Indian journal of veterinary science and animal husbandry - Volume 3,
Year: 1933
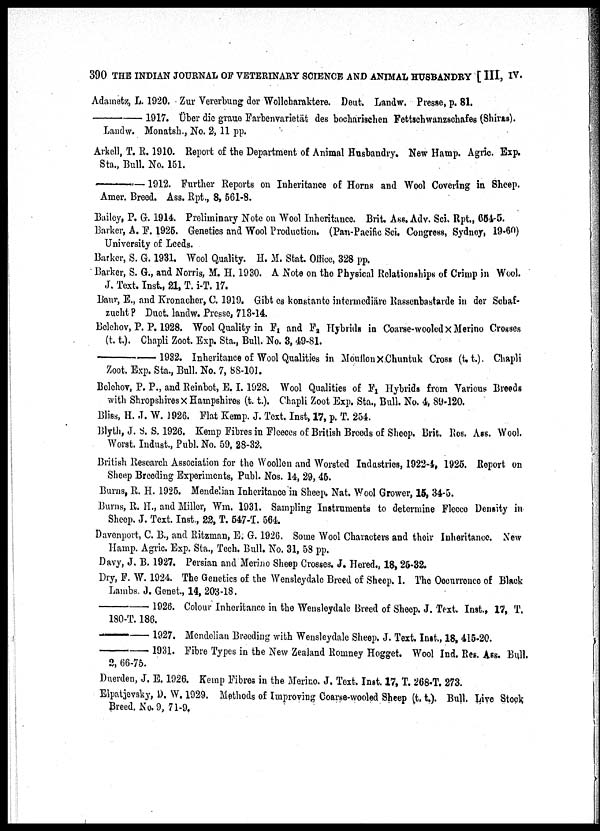
390 THE INDIAN JOURNAL OF VETERINARY SCIENCE AND ANIMAL HUSBANDRY [ III, IV
Adametz, L. 1920. Zur Vererbung der Wollcharaktere. Deut. Landw. Presse, p. 81.
—1917.
Über
die graue Farbenvarietät des bocharischen Fetttschwanzschafes (Shiras).
Landw. Monatsh., No. 2, 11 pp.
Arkell, T. R. 1910. Report of the Department of Animal Husbandry. New Hamp. Agric. Exp.
Sta., Bull. No. 151.
—1912. Further Reports on Inheritance of Horns and Wool Covering in Sheep.
Amer. Breed. Ass. Rpt., 8, 561-8.
Bailey, P. G. 1914. Preliminary Note on Wool Inheritance. Brit. Ass. Adv. Sci. Rpt., 654-5.
Barker, A. F. 1925. Genetics and Wool Production. (Pan-Pacific Sci. Congress, Sydney, 19-60)
University of Leeds.
Barker, S. G. 1931. Wool Quality. H. M. Stat. Office, 328 pp.
Barker, S. G., and Norris, M. H. 1930. A Note on the Physical Relationships of Crimp in Wool.
J. Text. Inst., 21, T. i-T. 17.
Baur, E., and Kronacher, C. 1919. Gibt es konstante intermediäre Rassenbastarde in der Sohaf-
zucht ? Duet. landw. Presse, 713-14.
Belehov, P. P. 1928. Wool Quality in F 1 and F 2 Hybrids in Coarse-wooled × Merino Crosses
(t. t.). Chapli Zool. Exp. Sta., Bull. No. 3, 49-81.
—1932.
Inheritance of Wool Qualities in Mouflon×Chuntuk Cross (t.t.). Chapli
Zoot. Exp. Sta., Bull. No. 7, 88-101.
Belehov, P. P., and Reinbot, E. I.1928. Wool Qualities of F 1 Hybrids from Various Breeds
with Shropshires× Hampshires (t. t.). Chapli Zoot Exp. Sta., Bull. No. 4, 89-120.
Bliss, H. J. W. 1926. Flat Kemp. J. Text. Inst, 17, p. T. 254.
Blyth, J. S. S. 1926. Kemp Fibres in Fleeces of British Breeds of Sheep. Brit. Res. Ass. Wool.
Worst. Indust., Publ. No. 59, 28-32.
British Research Association for the Woollen and Worsted Industries, 1922-4, 1925. Report on
Sheep Breeding Experiments, Publ. Nos. 14, 29, 45.
Burns, R. H. 1925. Mendelian Inheritance in Sheep. Nat. Wool Grower, 15, 34-5.
Burns, R. H., and Miller, Wm. 1931. Sampling Instruments to determine Flecce Density in
Sheep. J. Text. Inst., 22, T. 547-T. 564.
Davenport, C. B., and Ritzman, E. G. 1926. Some Wool Characters and their Inheritance. New
Hamp. Agric. Exp. Sta., Tech. Bull. No. 31, 58 pp.
Davy, J. B. 1927. Persian and Merino Sheep Crosses. J. Hered., 18, 25-32.
Dry, F. W. 1924. The Genetics of the Wensleydale Breed of Sheep. 1. The Occurrence of Black
Lambs. J. Genet., 14, 203-18.
—1926.
Colour Inheritance in the Wensleydale Breed of Sheep. J. Text. Inst., 17, T.
180-T. 186.
—1927.
Mendelian Breeding with Wensleydale Sheep. J. Text. Inst., 18, 415-20.
—1931.
Fibre Types in the New Zealand Romney Hogget. Wool Ind. Res. Ass. Bull.
2, 66-75.
Duerden, J. E. 1926. Kemp Fibres in the Merino. J. Text. Inst. 17, T. 268-T. 273.
Elpatjevsky, D. W. 1929. Methods of Improving Coarse-wooled Sheep (t. t.). Bull. Live Stock
Breed. No. 9, 71-9.